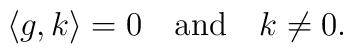
\langle g,k\rangle = 0\quad {\rm and}\quad k \not= 0.